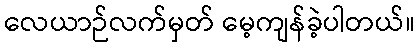
လေယာဉ်လက်မှတ် မေ့ကျန်ခဲ့ပါတယ်။